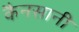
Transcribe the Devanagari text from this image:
कैनसानी